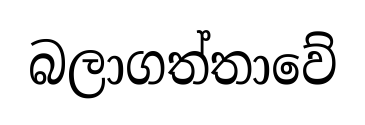
බලාගත්තාවේ